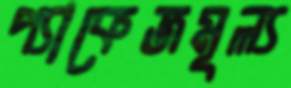
প্যাকেজমূল্য